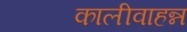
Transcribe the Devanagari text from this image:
कालीवाहन्न